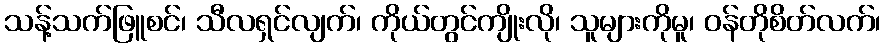
သန့်သက်ဖြူစင်၊ သီလရှင်လျက်၊ ကိုယ်တွင်ကျိုးလို၊ သူများကိုမူ၊ ဝန်တိုစိတ်လက်၊